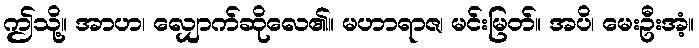
ဤသို့။ အာဟ၊ လျှောက်ဆိုလေ၏။ မဟာရာဇ၊ မင်းမြတ်။ အပိ၊ မေးဦးအံ့။